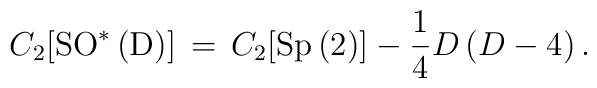
C_{2}[\mathrm{SO^{\ast }\left( D\right) }]\,=\,C_{2}[\mathrm{Sp\left(2\right) }]-\frac{1}{4}D\left( D-4\right) .